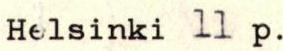
Helsinki 11 p.